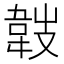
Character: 𩎢